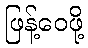
ဖြန့်ဝေဖို့